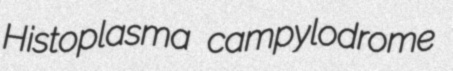
Histoplasma campylodrome